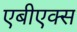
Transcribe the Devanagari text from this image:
एबीएक्स